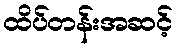
ထိပ်တန်းအဆင့်